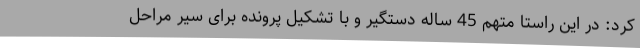
کرد: در این راستا متهم 45 ساله دستگیر و با تشکیل پرونده برای سیر مراحل